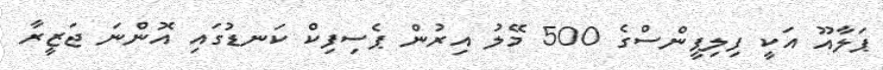
ޕަލާއޫ އަކީ ފިލިޕީންސްގެ 500 މޭލު އިރުން ޕެސިފިކް ކަނޑުގައި އޮންނަ ޖަޒީރާ